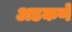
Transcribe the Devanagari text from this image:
अडकणे